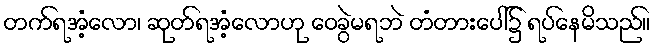
တက်ရအံ့လော၊ ဆုတ်ရအံ့လောဟု ဝေခွဲမရဘဲ တံတားပေါ်၌ ရပ်နေမိသည်။